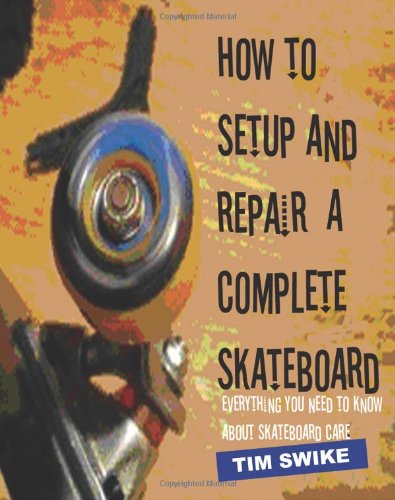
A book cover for How To Setup And Repair A Complete Skateboard: Everything You Need To Know About Skateboard Care.; Tim Swike; Sports & Outdoors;